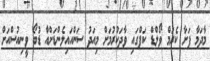
މާދަމާ ފަށާ ކެރަމް ވޯލްޑް ކަޕްގައި ވާދަކުރުމަށް މިއަދު ސަންއައިލެންޑަށްއާް ޑުބޯ ވީނިއުސްއަށް